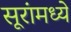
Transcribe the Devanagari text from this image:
सूरांमध्ये